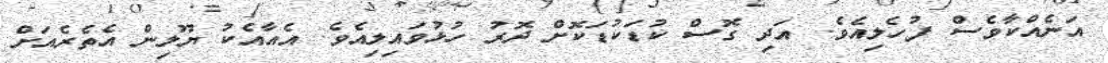
އަނެއްކާވެސް ފުހެލިއެވެ. އަދި ގޮސް ކުޑަކުޑަކޮށް ދޮރު ހުޅުވައިލިއެވެ. އެއާއެކު ޔޫލިން އެތެރެއަށް